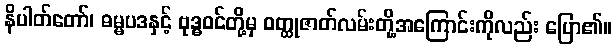
နိပါတ်တော်၊ ဓမ္မပဒနှင့် ဗုဒ္ဓဝင်တို့မှ ဝတ္ထုဇာတ်လမ်းတို့အကြောင်းကိုလည်း ပြော၏။